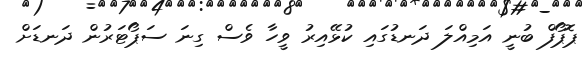
ޕޮޕޯފް ބުނީ އަމިއްލަ ދަނޑުގައި ކުޅޭއިރު ވީހާ ވެސް ގިނަ ސަޕޯޓަރުން ދަނޑަށް